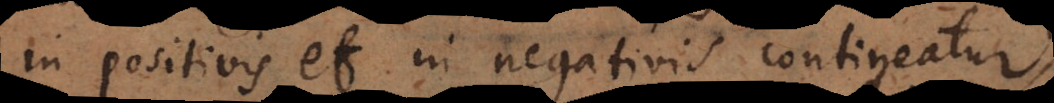
positivis et in negativis contineatur,